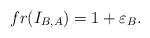
LaTeX: \begin{align*} fr(I_{B,A})=1+\varepsilon_B.\end{align*}